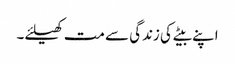
اپنے بیٹے کی زندگی سے مت کھیلئے۔